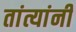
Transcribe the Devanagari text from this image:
तांत्यांनी